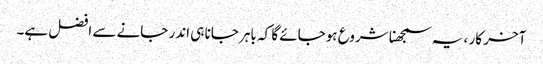
آخر کار ، یہ سمجھنا شروع ہوجائے گا کہ باہر جانا ہی اندر جانے سے افضل ہے۔